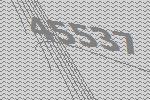
45537